Lunatic asylums Bombay report 1891-1903 - 1891-1903
Year: 1891
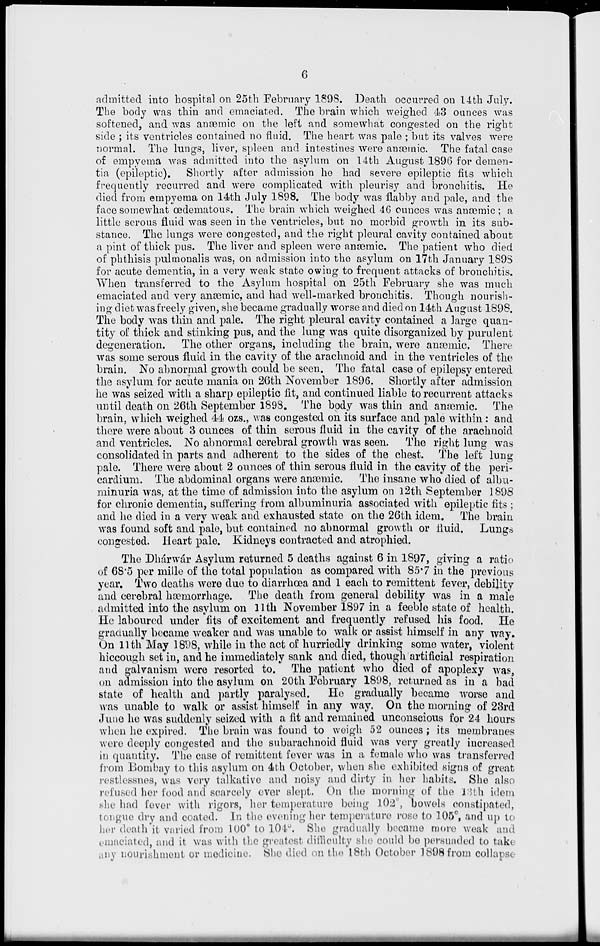
6
admitted into hospital on 25th February 1898. Death occurred on 14th July.
The body was thin and emaciated. The brain which weighed. 43 ounces was
softened, and was anæmic on the left and somewhat congested on the right
side; its ventricles contained no fluid. The heart was pale; but its valves were
normal. The lungs, liver, spleen and intestines were anæmic. The fatal case
of empyema was admitted into the asylum on 14th August 1896 for demen-
tia (epileptic). Shortly after admission he had severe epileptic fits which
frequently recurred and were complicated with pleurisy and bronchitis. He
died from empyema on 14th July 1898. The body was flabby and pale, and the
face somewhat œdematous. The brain which weighed 46 ounces was anæmic ; a
little serous fluid was seen in the ventricles, but no morbid growth in its sub-
stance. The lungs were congested, and the right pleural cavity contained about
a pint of thick pus. The liver and spleen were anæmic. The patient who died
of phthisis pulmonalis was, on admission into the asylum on 17th January 1898
for acute dementia, in a very weak state owing to frequent attacks of bronchitis.
When transferred to the Asylum hospital on 25th February she was much
emaciated and very anæmic, and had well-marked bronchitis. Though nourish-
ing diet was freely given, she became gradually worse and died on 14th August 1898.
The body was thin and pale. The right pleural cavity contained a large quan-
tity of thick and stinking pus, and the lung was quite disorganized by purulent
degeneration. The other organs, including the brain, were anæmic. There
was some serous fluid in the cavity of the arachnoid and in the ventricles of the
brain. No abnormal growth could be seen. The fatal case of epilepsy entered
the asylum for acute mania on 26th November 1896. Shortly after admission
he was seized with a sharp epileptic fit, and continued liable to recurrent attacks
until death on 26th September 1898. The body was thin and anæmic. The
brain, which weighed 44 ozs., was congested on its surface and pale within: and
there were about 3 ounces of thin serous fluid in the cavity of the arachnoid
and ventricles. No abnormal cerebral growth was seen. The right lung was
consolidated in parts and adherent to the sides of the chest. The left lung
pale. There were about 2 ounces of thin serous fluid in the cavity of the peri-
cardium. The abdominal organs were anæmic. The insane who died of albu-
minuria was, at the time of admission into the asylum on 12th September 1898
for chronic dementia, suffering from albuminuria associated with epileptic fits;
and he died in a very weak and exhausted state on the 26th idem. The brain
was found soft and pale, but contained no abnormal growth or fluid. Lungs
congested. Heart pale. Kidneys contracted and atrophied.
The Dhárwár Asylum returned 5 deaths against 6 in 1897, giving a ratio
of 68.5 per mille of the total population as compared with 85.7 in the previous
year. Two deaths were due to diarrhœa and 1 each to remittent fever, debility
and cerebral hæmorrhage. The death from general debility was in a male
admitted into the asylum on 11th November 1897 in a feeble state of health.
He laboured under fits of excitement and frequently refused his food. He
gradually became weaker and was unable to walk or assist himself in any way.
On 11th May 1898, while in the act of hurriedly drinking some water, violent
hiccough set in, and he immediately sank and died, though artificial respiration
and galvanism were resorted to. The patient who died of apoplexy was,
on admission into the asylum on 20th February 1898, returned as in a bad
state of health and partly paralysed.
He gradually became worse and
was unable to walk or assist himself in any way. On the morning of 23rd
June he was suddenly seized with a fit and remained unconscious for 24 hours
when he expired. The brain was found to weigh 52 ounces; its membranes
were deeply congested and the subarachnoid fluid was very greatly increased
in quantity. The case of remittent fever was in a female who was transferred
from Bombay to this asylum on 4th October, when she exhibited signs of great
restlessnes, was very talkative and noisy and dirty in her habits. She also
refused her food and scarcely ever slept. On the morning of the 13th idem
she had fever with rigors, her temperature being 102°, bowels constipated,
tongue dry and coated. In the evening her temperature rose to 105°, and up to
her death it varied from 100° to 104°. She gradually became more weak and
emaciated, and it was with the greatest difficulty she could be persuaded to take
any nourishment or medicine. She died on the 18th October 1898 from collapse